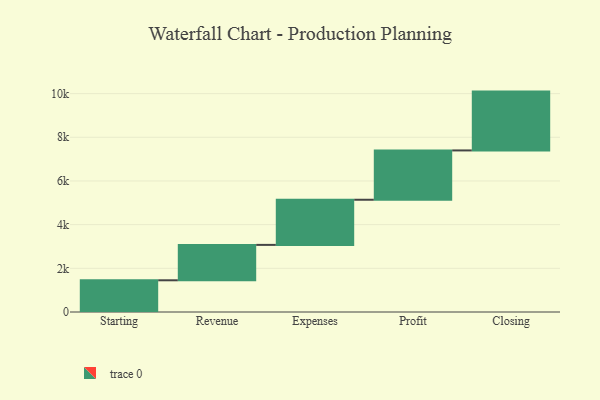
{"axis": {"x": "Step", "y": "Value"}, "legend": [""], "data": [{"x": "Starting", "y": 1452.0, "type": ""}, {"x": "Revenue", "y": 1621.0, "type": ""}, {"x": "Expenses", "y": 2067.0, "type": ""}, {"x": "Profit", "y": 2258.0, "type": ""}, {"x": "Closing", "y": 2694.0, "type": ""}]}